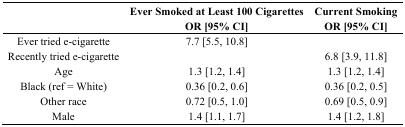
|  | Ever Smoked at Least 100 CigarettesOR [95% CI] | Current SmokingOR [95% CI] |
 | --- | --- | --- |
 | Ever tried e-cigarette | 7.7 [5.5, 10.8] |  |
 | Recently tried e-cigarette |  | 6.8 [3.9, 11.8] |
 | Age | 1.3 [1.2, 1.4] | 1.3 [1.2, 1.4] |
 | Black (ref = White) | 0.36 [0.2, 0.6] | 0.36 [0.2, 0.5] |
 | Other race | 0.72 [0.5, 1.0] | 0.69 [0.5, 0.9] |
 | Male | 1.4 [1.1, 1.7] | 1.4 [1.2, 1.8] |